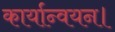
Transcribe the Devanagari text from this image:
कार्यान्वयन।